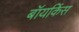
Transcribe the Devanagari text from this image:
बॉयकिंस